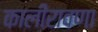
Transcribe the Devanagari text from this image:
कालीरावणा